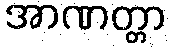
အာဏတ္တာ